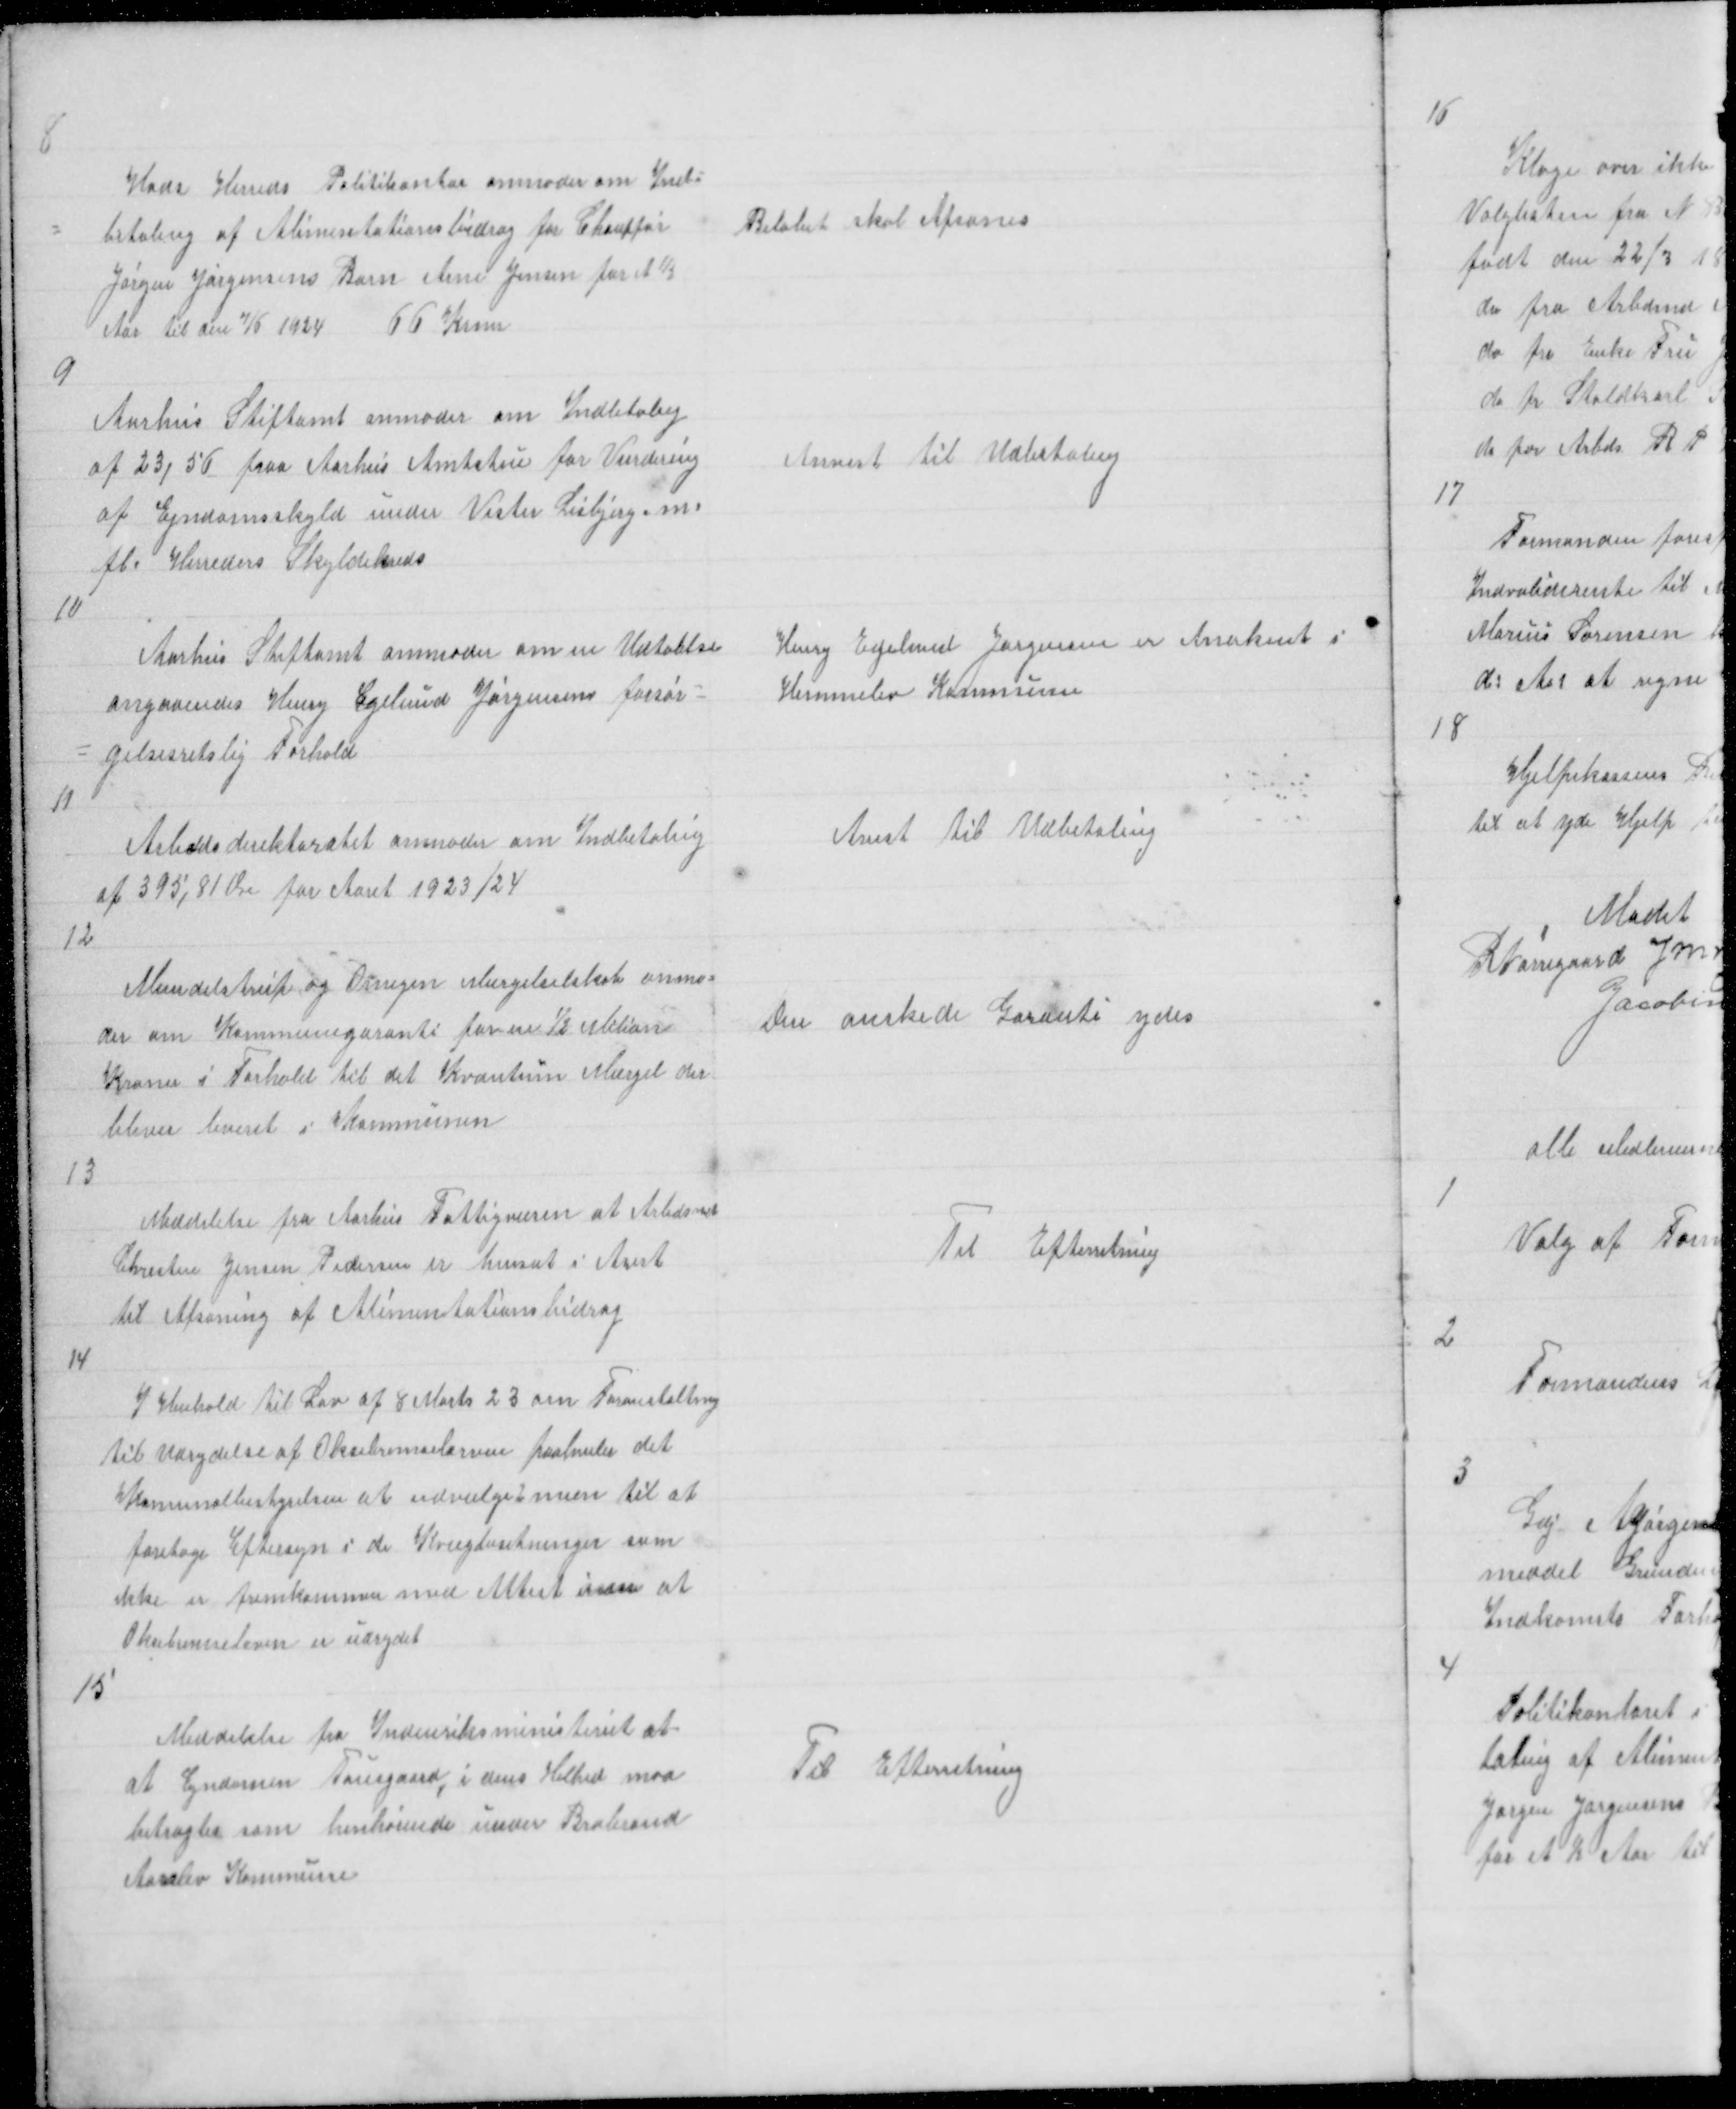
Transskription:
8
Hads Herreds Politikontor anmoder om Ind =
= betaling af Alimentationsbidrag for Chauffør
Jørgen Jørgensens Barn Arne Jensen for et ½
Aar til den 7/6 1924 66 Krner

Beløbet skal Afsones

9

Aarhus Stiftamt anmoder om Indbtalig
af 23,56 paa Aarhus Amtstue for Vurdering 
af Ejndomsskyld under Vester Lisbjerg m.
fl. Herreders Skyldskreds

Anvist til Udbetaling

10
Aarhus Stiftamt anmoder om en Udtalelse
angaaendes Henry Egelund Jørgensens forsør=
= gelsesretslige Forhold
11

Henry Egelund Jørgensen er Anerkent i
Himmelev Kommune

Avist til Udbetaling

Arbedsdirektoratet anmoder om Indbetaling
af 395,81 Øre for Aaret 1923/24

12

Mundelstrup og Omegen Mærgelselskab anmo =
der om Kommunegaranti for en ½ Milion
Kroner i Forhold til det Kvantum Mærgel der
bliver leveret i Kommunen

den ønskede Garanti ydes

13

Meddelelse fra Aarhus Fattigvæsen at Arbedsmd
Christen Jensen Pedersen er hensat i Arest
til Afsoning af Alimentationsbidrag

Til Efterretning

14

I Henhold til Lov af 8 Marts 23 om Foranstalting
til Udrydelse af Oksebremselarven paahviler det
Komunalbestyrelsen at udvælge 2 mæn til at 
foretage Eftersyn i de Kvægbesetninger som
ikke er fremkommen med Attest inden at
Oksebremselarven er udrydet

15

Meddelelse fra Indenriksministeriet at
at Ejndomen Tousgaard, i dens Helhed maa
betragtes som henhørende under Brabrand
Aarslev Kommune

Til Efterretning